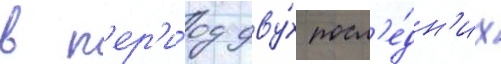
в п'ер'и́од дву́х посл'е́дн'их